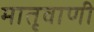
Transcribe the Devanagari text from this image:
मातृवाणी